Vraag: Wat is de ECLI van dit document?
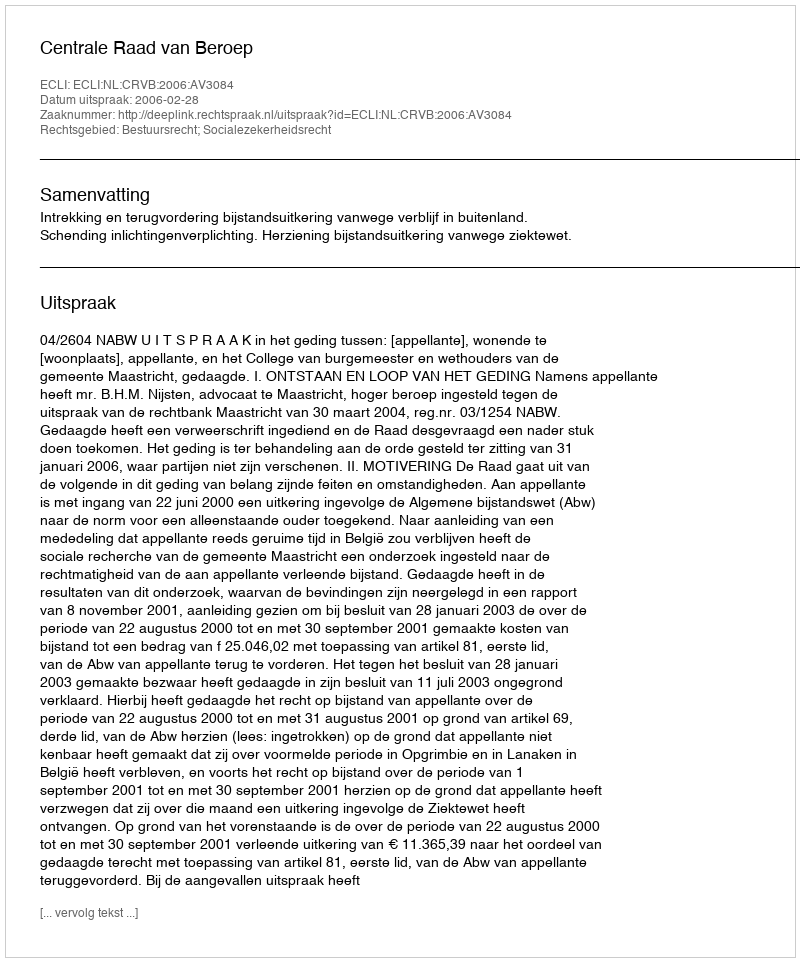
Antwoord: ECLI:NL:CRVB:2006:AV3084